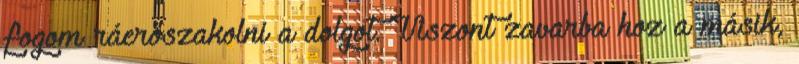
fogom ráerőszakolni a dolgot. Viszont zavarba hoz a másik,